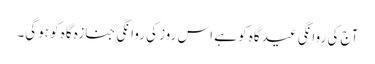
آج کی روانگی عید گاہ کو ہے اس روز کی روانگی جنازہ گاہ کو ہوگی۔